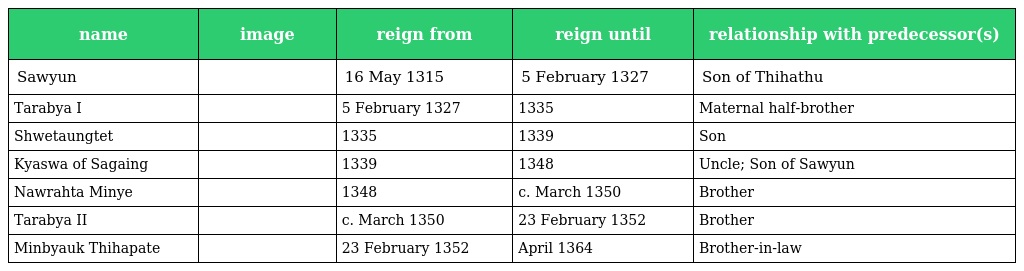
| name | image | reign from | reign until | relationship with predecessor(s) |
 | --- | --- | --- | --- | --- |
 | Sawyun |  | 16 May 1315 | 5 February 1327 | Son of Thihathu |
 | Tarabya I |  | 5 February 1327 | 1335 | Maternal half-brother |
 | Shwetaungtet |  | 1335 | 1339 | Son |
 | Kyaswa of Sagaing |  | 1339 | 1348 | Uncle; Son of Sawyun |
 | Nawrahta Minye |  | 1348 | c. March 1350 | Brother |
 | Tarabya II |  | c. March 1350 | 23 February 1352 | Brother |
 | Minbyauk Thihapate |  | 23 February 1352 | April 1364 | Brother-in-law |